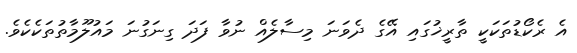
އެ ރެކޯޑުތަކަކީ ތާރީޚުގައި އޭގެ ދެވަނަ މިސާލެއް ނުވާ ފަދަ ގިނަގުނަ މައުލޫމާތުތަކެކެވެ.